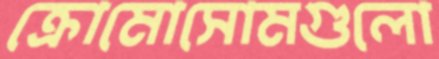
ক্রোমোসোমগুলো